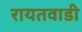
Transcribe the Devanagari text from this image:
रायतवाडी